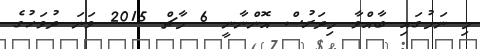
މި ނަމުގައި ބާއްވާ މިދަރުސް އޮންނާނީ 6 މާޗް 2015 ވަނަ ދުވަހުގެ